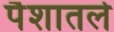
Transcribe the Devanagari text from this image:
पैशातले